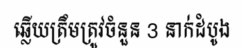
ឆ្លើយត្រឹមត្រូវចំនួន 3 នាក់ដំបូង